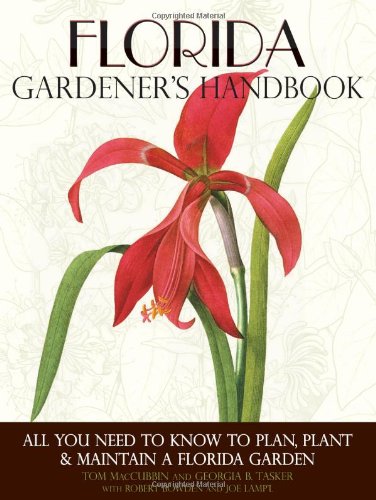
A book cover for Florida Gardener's Handbook: All You Need to Know to Plan, Plant & Maintain a Florida Garden; Tom MacCubbin; Crafts, Hobbies & Home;